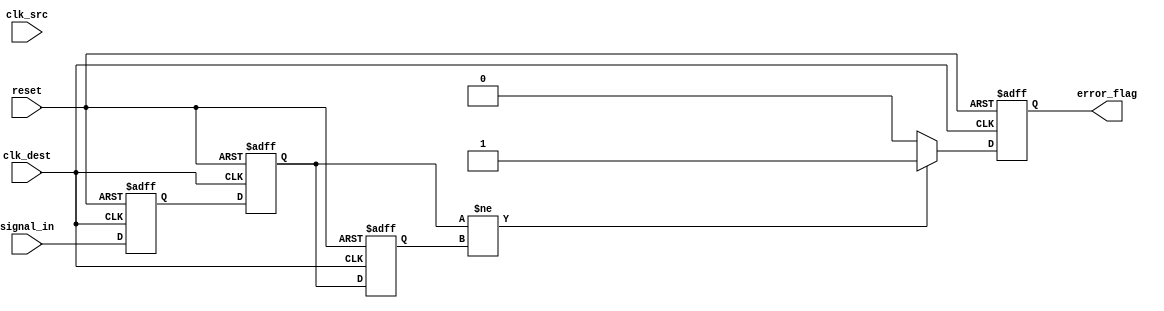
module cdc_detector (
    input wire clk_src,          // Source clock
    input wire clk_dest,         // Destination clock
    input wire reset,            // Asynchronous reset
    input wire signal_in,        // Input signal to monitor
    output reg error_flag        // Error flag output
);

    // Synchronizer registers
    reg signal_sync_1;           // First stage of synchronization
    reg signal_sync_2;           // Second stage of synchronization

    // Previous state of the synchronized signal
    reg signal_prev;

    // Asynchronous reset and synchronization logic
    always @(posedge clk_dest or posedge reset) begin
        if (reset) begin
            signal_sync_1 <= 1'b0;
            signal_sync_2 <= 1'b0;
            error_flag <= 1'b0;
            signal_prev <= 1'b0;
        end else begin
            // Sample the input signal from the source clock domain
            signal_sync_1 <= signal_in; // First stage of synchronization
            signal_sync_2 <= signal_sync_1; // Second stage of synchronization
            
            // Edge detection logic
            if (signal_sync_2 != signal_prev) begin
                error_flag <= 1'b1; // Transition detected
            end else begin
                error_flag <= 1'b0; // No transition
            end
            
            // Update previous state
            signal_prev <= signal_sync_2;
        end
    end

endmodule